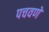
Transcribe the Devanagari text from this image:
पचवणे